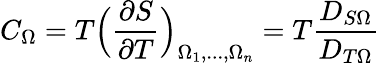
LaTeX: C_{\Omega}=T\Big(\frac{\partial S}{\partial T}\Big)_{\Omega_{1},...,\Omega_{n}}=T\frac{D_{S\Omega}}{D_{T\Omega}}